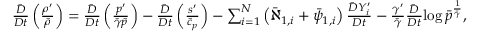
\begin{array} { r l } & { \frac { \bar { D } } { D t } \left( \frac { \rho ^ { \prime } } { \bar { \rho } } \right) = \frac { \bar { D } } { D t } \left( \frac { p ^ { \prime } } { \bar { \gamma } \bar { p } } \right) - \frac { \bar { D } } { D t } \left( \frac { s ^ { \prime } } { \bar { c } _ { p } } \right) - \sum _ { i = 1 } ^ { N } \left( \bar { \aleph } _ { 1 , i } + \bar { \psi } _ { 1 , i } \right) \frac { \bar { D } Y _ { i } ^ { \prime } } { D t } - \frac { \gamma ^ { \prime } } { \bar { \gamma } } \frac { \bar { D } } { D t } { \log \bar { p } ^ { \frac { 1 } { \bar { \gamma } } } } , } \end{array}